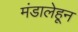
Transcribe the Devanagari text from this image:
मंडालेहून